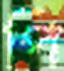
পি